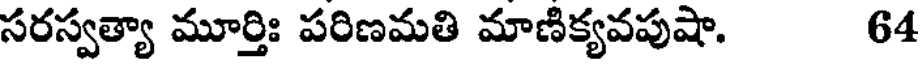
సరస్వత్యా మూర్తిః పరిణమతి మాణిక్యవపుషా. 64